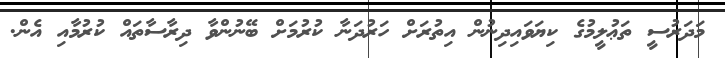
މަދަރުސީ ތަޢުލީމުގެ ކިޔަވައިދިނުން އިތުރަށް ހަރުދަނާ ކުރުމަށް ބޭނުންވާ ދިރާސާތައް ކުރުމާއި އެން.